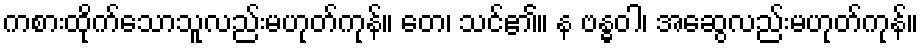
ကစားထိုက်သောသူလည်းမဟုတ်ကုန်။ တေ၊ သင်၏။ န ဗန္ဓဝါ၊ အဆွေလည်းမဟုတ်ကုန်။